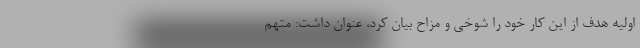
اولیه هدف از این کار خود را شوخی و مزاح بیان کرد، عنوان داشت: متهم